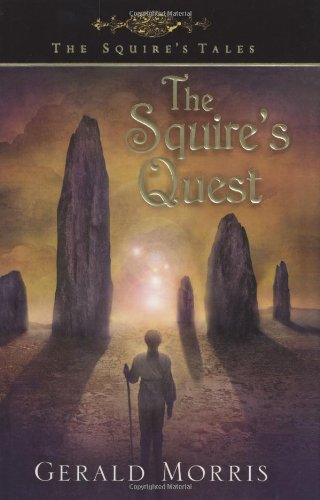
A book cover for The Squire's Quest (The Squire's Tales); Gerald Morris; Children's Books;